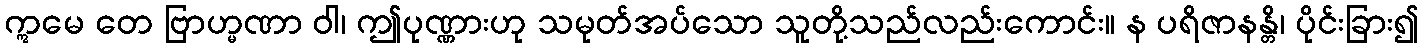
ဣမေ တေ ဗြာဟ္မဏာ ဝါ၊ ဤပုဏ္ဏားဟု သမုတ်အပ်သော သူတို့သည်လည်းကောင်း။ န ပရိဇာနန္တိ၊ ပိုင်းခြား၍